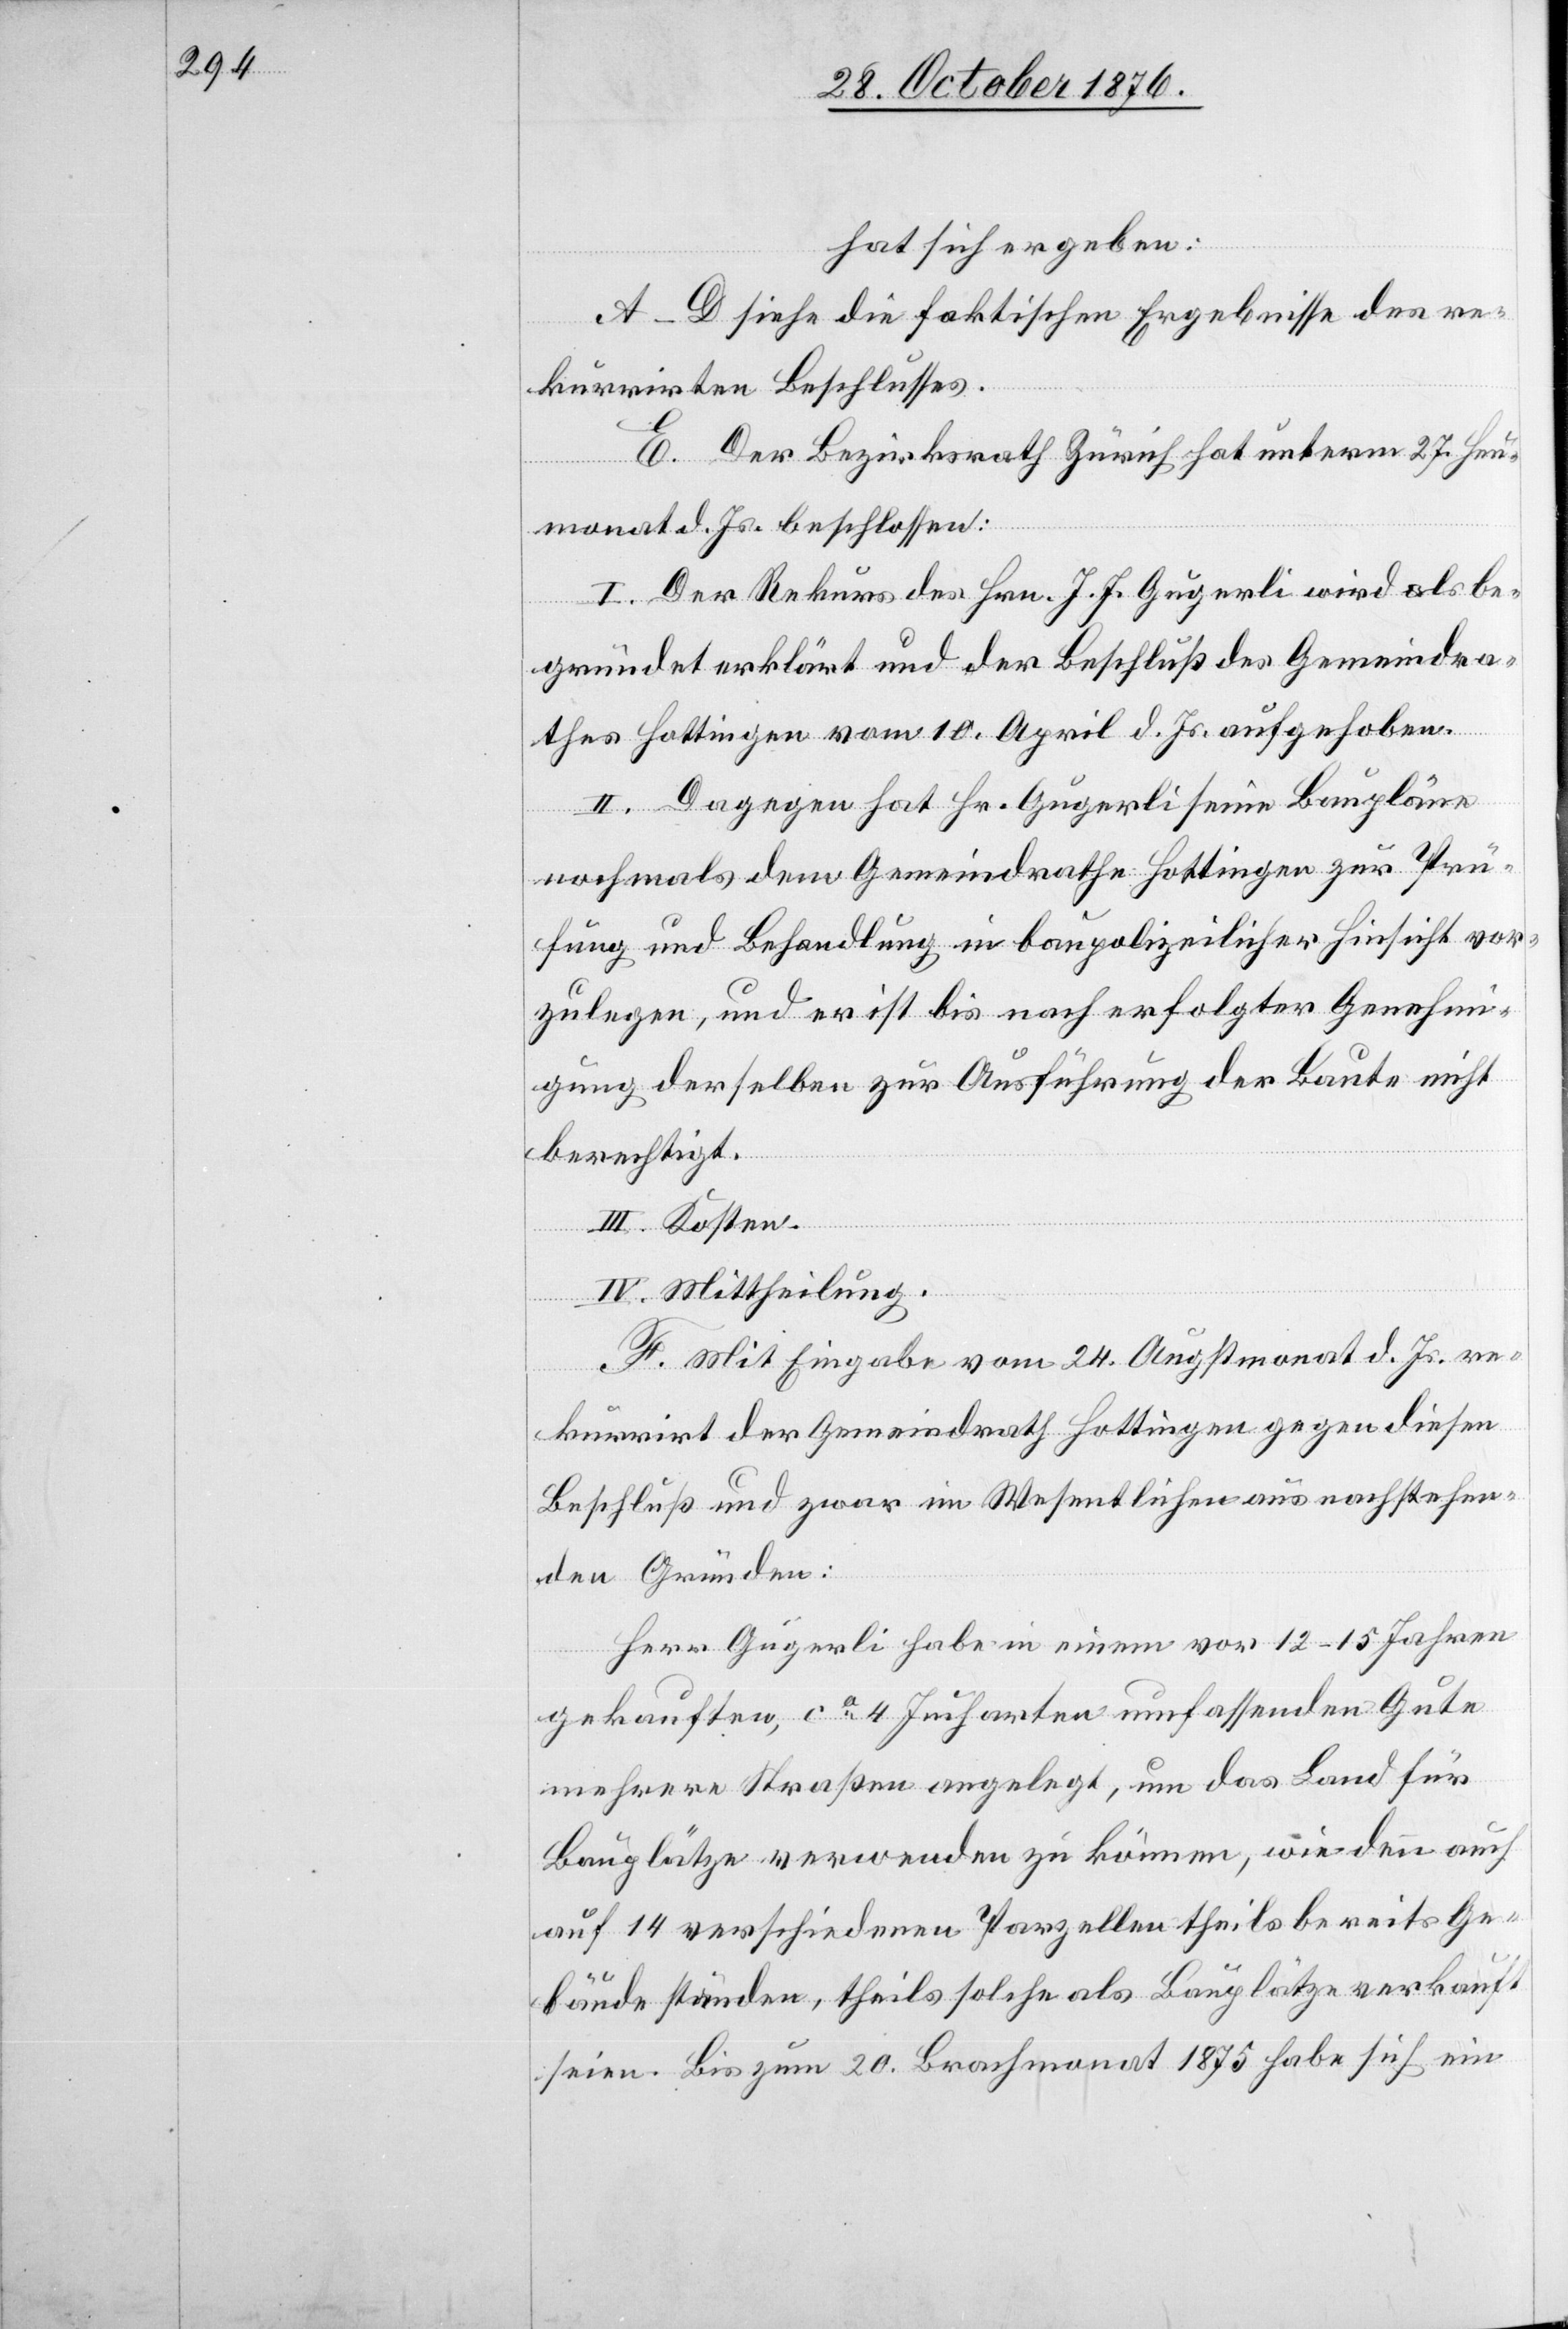
hat sich ergeben:
A–D siehe die faktischen Ergebnisse des re¬
kurrirten Beschlusses.
E. Der Bezirksrath Zürich hat unterm 27. Heu¬
monat d. Js. beschlossen:
I. Der Rekurs des Hrn. J. J. Gugerli wird als be¬
gründet erklärt und der Beschluß des Gemeindra¬
thes Hottingen vom 10. April d. Js. aufgehoben.
II. Dagegen hat Hr. Gugerli seine Baupläne
nochmals dem Gemeindrathe Hottingen zur Prü¬
fung und Behandlung in baupolizeilicher Hinsicht vor¬
zulegen, und er ist bis nach erfolgter Genehm¬
igung derselben zur Ausführung der Baute nicht
berechtigt.
III. Kosten.
IV. Mittheilung.
F. Mit Eingabe vom 24. Augstmonat d. Js. re¬
kurrirt der Gemeindrath Hottingen gegen diesen
Beschluß und zwar im Wesentlichen aus nachstehen¬
den Gründen:
Herr Gugerli habe in einem vor 12–15 Jahren
gekauften, ca 4 Jucharten umfassenden Gute
mehrere Straßen angelegt, um das Land für
Bauplätze verwenden zu können, wie denn auch
auf 14 verschiedenen Parzellen theils bereits Ge¬
bäude stünden, theils solche als Bauplätze verkauft
seien. Bis zum 20. Brachmonat 1875 habe sich ein